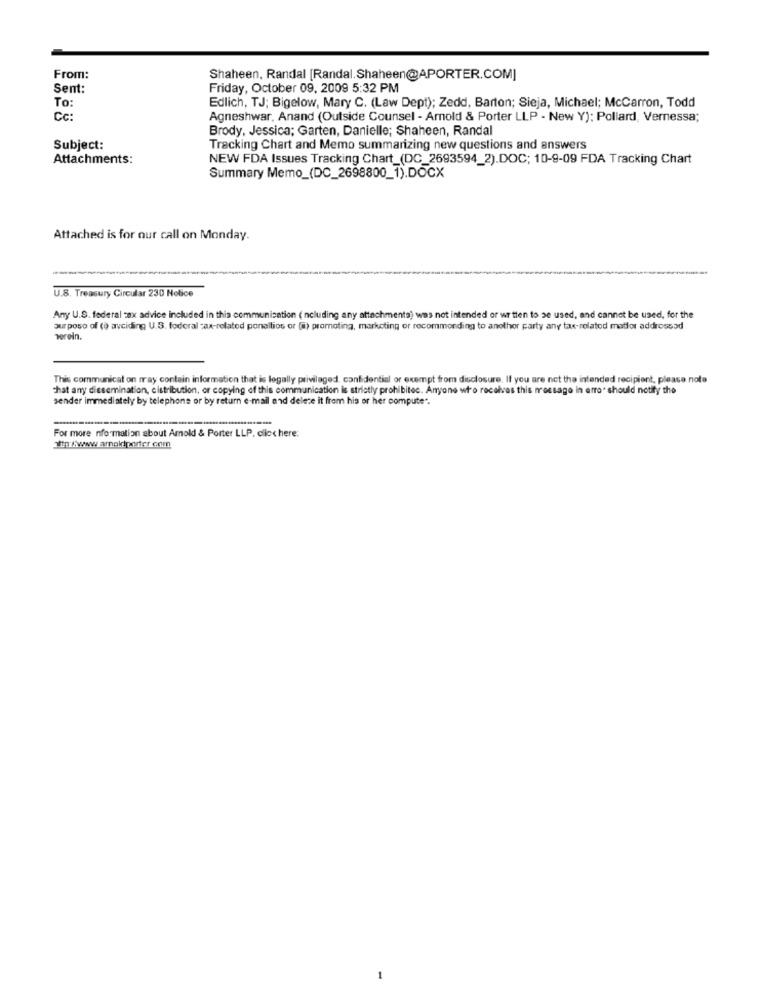
From:
Shaheen, Randal [Randal. Shaheen@APORTER.COM]
Sent:
Friday, October 09, 2009 5:32 PM
Edlich, TJ; Bigelow, Mary C. (Law Dept); Zedd, Barton; Sieja, Michael; McCarron, Todd
To:
Cc:
Agneshwar. Anand (Outside Counsel - Amold & Porter LLP - New Y): Pollard, Vernessa;
Brody, Jessica; Garten, Danielle; Shaheen, Randal
Subject:
Tracking Chart and Memo summarizing new questions and answers
Attachments:
NEW FDA Issues Tracking Chart_(DC_2693594_2).DOC; 10-9-09 FDA Tracking Chart
Summary Memo_(DC_2698800_1).DOCX
Attached is for our call on Monday.
U.S. Treasury Circular 230 Notice
Any U.S. federal tax advice included in this communication ( ncluding any attachments) was not intended or written to se used, and cannot be used, for the
purpose of (o avciding U.S. fodoral :ax-related ponallios or (0) promoting, marketing or recommending to another party any tax-related matfor addressad
verein.
This communicaton may contain information that is legally privileged, confidential or exempt from disclosure. If you are not the intended recipient, please note
that any dissemination, distribution, or copying of this communication is strictly prohibitec. Anyone who receives this message in erro. should notify the
sender immediately by telephone or by return e-mail and delete it from his or her compute".
For more nformation about Amold & Porter LLP. click here:
att:/:www.arnoldporter.com
-